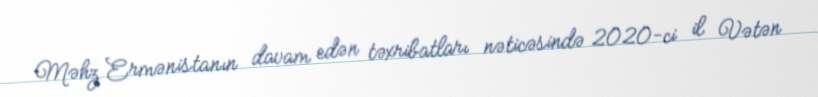
Məhz Ermənistanın davam edən təxribatları nəticəsində 2020-ci il Vətən